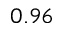
0 . 9 6